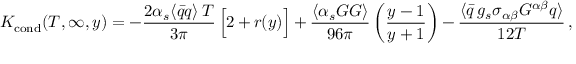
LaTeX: K _ { \mathrm { c o n d } } ( T , \infty , y ) = - { \frac { 2 \alpha _ { s } \langle \bar { q } q \rangle \, T } { 3 \pi } } \, \Big [ 2 + r ( y ) \Big ] + { \frac { \langle \alpha _ { s } G G \rangle } { 9 6 \pi } } \, \bigg ( { \frac { y - 1 } { y + 1 } } \bigg ) - { \frac { \langle \bar { q } \, g _ { s } \sigma _ { \alpha \beta } G ^ { \alpha \beta } q \rangle } { 1 2 T } } \, ,